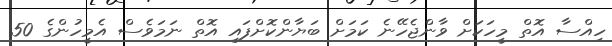
ހިއްސާ އޮތް މީހަކަށް ވާންޖެހޭނެ ކަމަށް ބަޔާންކޮށްފައި އޮތް ނަމަވެސް އެމީހުންގެ 50